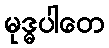
မုဒ္ဓပါတေ